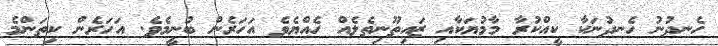
ހެނދުނު ހެނދުނަކާ ކީއްކުރާ މާމުޔަކާއި ޒައިތޫނިތެލެއް ހެއްޔެވެ އަހަރެން ބުނީމެވެ. އަހަރެން ކިތަންމެ